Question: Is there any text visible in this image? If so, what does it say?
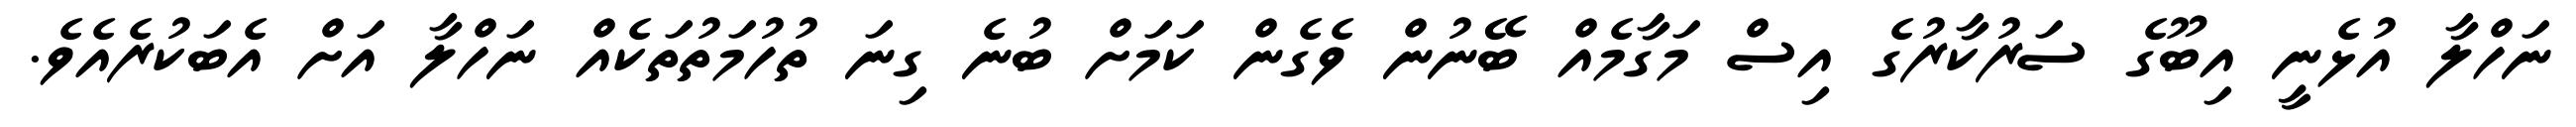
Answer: ނަހްލާ އުޅެނީ އިބޫގެ ސަރުކާރުގެ އިސް މަގާމެއް ބޭނުން ވެގެން ކަމަށް ބުނެ ގިނަ ތުހުމަތުތަކެއް ނަހްލާ އަށް އެބަކުރެއެވެ.